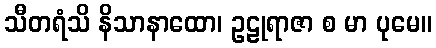
သီတရံသိ နိသာနာထော၊ ဥဠုရာဇာ စ မာ ပုမေ။